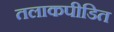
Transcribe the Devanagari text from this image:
तलाकपीडित